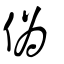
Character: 僞